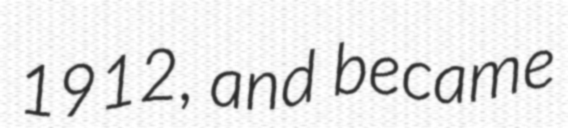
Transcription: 1912, and became